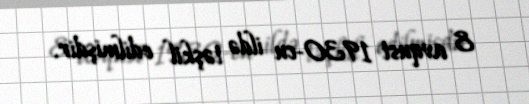
8 avqust 1930-cu ildə təşkil edilmişdir.